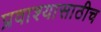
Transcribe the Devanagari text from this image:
प्रवाश्यासाठीच